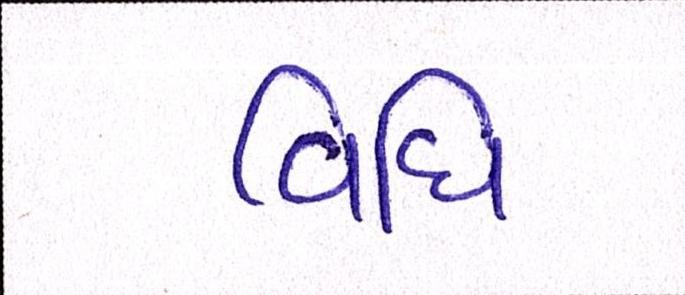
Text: વિધિ